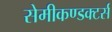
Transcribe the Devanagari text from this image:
सेमीकण्डक्टर्स